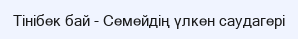
Тінібек бай - Семейдің үлкен саудагері